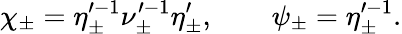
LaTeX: \chi_{\pm}=\eta_{\pm}^{\prime-1}\nu_{\pm}^{\prime-1}\eta_{\pm}^{\prime},\qquad\psi_{\pm}=\eta_{\pm}^{\prime-1}.